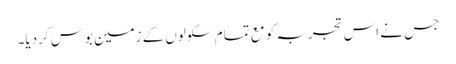
جس نے اس تجربہ کو مع تمام سکولوں کے زمین بوس کردیا۔